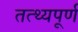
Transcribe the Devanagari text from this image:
तत्थ्यपूर्ण